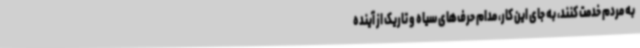
به مردم خدمت کنند، به جای این کار، مدام حرف‌های سیاه و تاریک از آینده